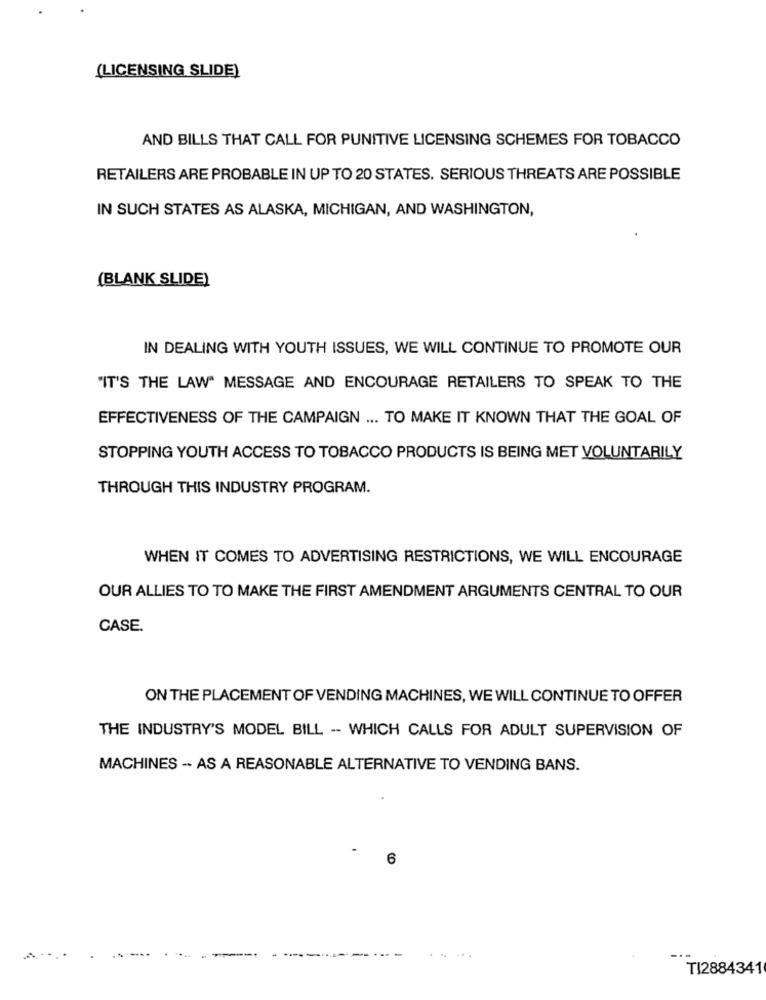
(LICENSING SLIDE)
AND BILLS THAT CALL FOR PUNITIVE LICENSING SCHEMES FOR TOBACCO
RETAILERS ARE PROBABLE IN UP TO 20 STATES. SERIOUS THREATS ARE POSSIBLE
IN SUCH STATES AS ALASKA, MICHIGAN, AND WASHINGTON,
(BLANK SLIDE)
IN DEALING WITH YOUTH ISSUES, WE WILL CONTINUE TO PROMOTE OUR
"IT'S THE LAW" MESSAGE AND ENCOURAGE RETAILERS TO SPEAK TO THE
EFFECTIVENESS OF THE CAMPAIGN ... TO MAKE IT KNOWN THAT THE GOAL OF
STOPPING YOUTH ACCESS TO TOBACCO PRODUCTS IS BEING MET VOLUNTARILY
THROUGH THIS INDUSTRY PROGRAM.
WHEN IT COMES TO ADVERTISING RESTRICTIONS, WE WILL ENCOURAGE
OUR ALLIES TO TO MAKE THE FIRST AMENDMENT ARGUMENTS CENTRAL TO OUR
CASE.
ON THE PLACEMENT OF VENDING MACHINES, WE WILL CONTINUE TO OFFER
THE INDUSTRY'S MODEL BILL -- WHICH CALLS FOR ADULT SUPERVISION OF
MACHINES -· AS A REASONABLE ALTERNATIVE TO VENDING BANS.
6
TI2884341